Civil Veterinary Dept. Assam report 1927-50 - 1927-1950
Year: 1927
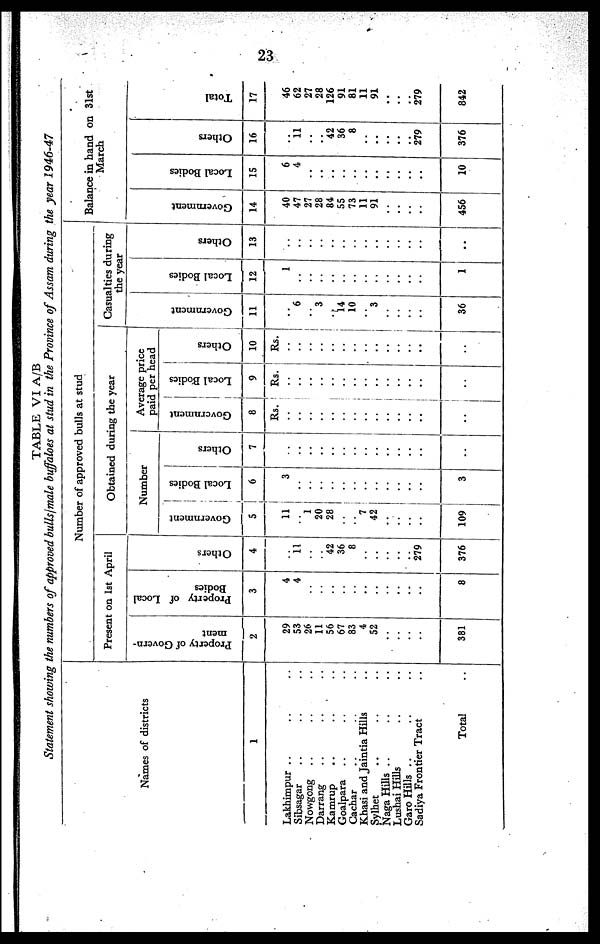
23
TABLE VI A/B
Statement showing the numbers of approved bulls/male buffaloes at stud in the Province of Assam during the year 1946-47
Names of districts
1
Lakhimpur .... ... ...
Sibsagar ... ... ...
Nowgong ... ... ...
Darrang ... ... ...
Kamrup ... ... ...
Goalpara ... ... ...
Cachar ... ... ...
Khasi and Jaintia Hills ...
Sylhet ... ... ...
Naga Hills ... ... ...
Lushai Hills ... ...
Garo Hills ... ... ...
Sadiya Frontier Tract ....
Total ..
Number of approved bulls at stud
Present on 1st April
Property of Govern-
ment
2
29
53
26
11
56
67
83
4
52
..
..
..
..
381
Property of Local
Bodies
3
4
4
..
..
..
..
..
..
..
..
..
..
..
8
Others
4
..
11
..
..
42
36
8
..
..
..
..
..
279
376
Obtained during the year
Number
Government
5
11
..
1
20
28
..
..
7
42
..
..
..
..
109
Local Bodies
6
3
..
..
..
..
..
..
..
..
..
..
..
..
3
Others
7
..
..
..
..
..
..
..
..
..
..
..
..
..
..
Average price
paid per head
Government
8
Rs.
..
..
..
..
..
..
..
..
..
..
..
..
..
..
Local Bodies
9
Rs.
..
..
..
..
..
..
..
..
..
..
..
..
..
..
Others
10
Rs.
..
..
..
..
..
..
..
..
..
..
..
..
..
..
Casualties during
the year
Go v e r
n me n t
11
..
6
..
3
.
14
10
..
3
..
..
..
..
36
Local Bodi es
12
1
..
..
..
..
..
..
..
..
..
..
..
..
1
Ot her s
13
..
..
..
..
..
..
..
..
..
..
..
..
..
..
Balance in hand on 31st
March
Go v e r
n me n t
14
40
47
27
28
84
55
73
11
91
..
..
..
..
456
Local Bodi es
15
6
4
..
..
..
..
..
..
..
..
..
..
..
10
Others
16
..
11
..
..
42
36
8
..
..
..
..
..
279
376
Tot al
17
46
62
27
28
126
91
81
11
91
..
..
..
279
842